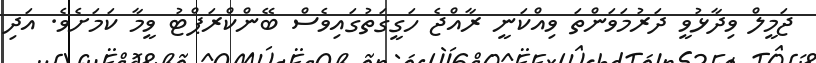
ޖަމީލް ވިދާޅުވީ ދަރުމަވަންތަ ވިއްކަނީ ރާއްޖެ ހަގީގަތުގައިވެސް ބޭންކްރަޕްޓު ވީމާ ކަމަށެވެ. އަދި